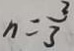
n = \frac { 2 } { 3 }